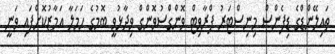
ތައިލޭންޑްގެ ޑިފެންސް މިނިސްޓަރު ޕްރާވިޓް ވޮންގްސުވޮންގް ވިދާޅުވީ ބޮމުގެ ހަމަލާ އަމާޒުކޮށްފައި ވަނީ